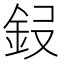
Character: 𮡭